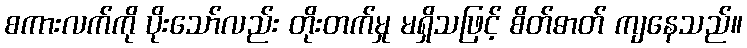
စကားလက်ကို ပိုးသော်လည်း တိုးတက်မှု မရှိသဖြင့် စိတ်ဓာတ် ကျနေသည်။